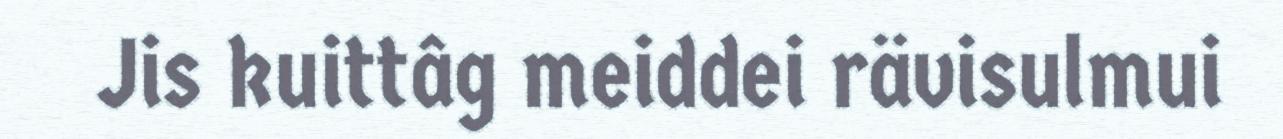
Jis kuittâg meiddei rävisulmui